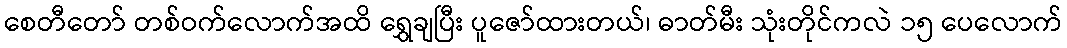
စေတီတော် တစ်ဝက်လောက်အထိ ရွှေချပြီး ပူဇော်ထားတယ်၊ ဓာတ်မီး သုံးတိုင်ကလဲ ၁၅ ပေလောက်